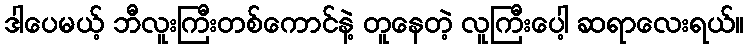
ဒါပေမယ့် ဘီလူးကြီးတစ်ကောင်နဲ့ တူနေတဲ့ လူကြီးပေါ့ ဆရာလေးရယ်။